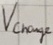
Text: Vcharge